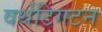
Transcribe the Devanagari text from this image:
वर्थटिंगटन